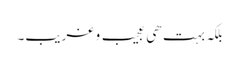
بلکہ بہت ھی عجیب و غریب۔